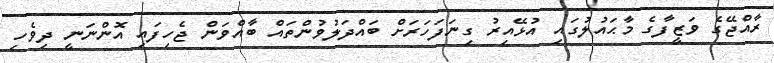
ރާއްޖޭގެ ވަޒީފާގެ މާޙައުލުގައި އުޅޭއިރު ގިނަފަހަރަށް ބައްދަލުވުންތައް ބާއްވަން ޖެހިފައި އޮންނަނީ ދިވެހި